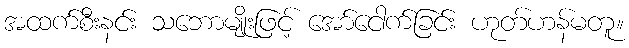
အထက်စီးနင်း သဘောမျိုးဖြင့် အော်ငေါက်ခြင်း ဟုတ်ဟန်မတူ။